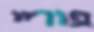
פוריי